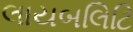
લાયબલિટિ